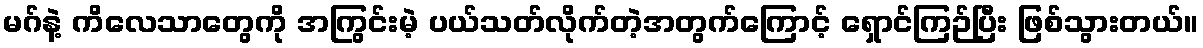
မဂ်နဲ့ ကိလေသာတွေကို အကြွင်းမဲ့ ပယ်သတ်လိုက်တဲ့အတွက်ကြောင့် ရှောင်ကြဉ်ပြီး ဖြစ်သွားတယ်။